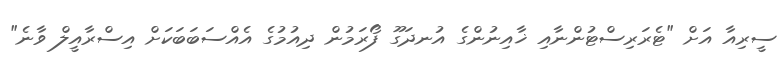
ސީރިއާ އަށް "ޓެރަރިސްޓުންނާއި ޚާއިނުންގެ އުނދަގޫ ފޯރަމުން ދިއުމުގެ އެއްސަބަބަކަށް އިސްރާއީލް ވާނެ"